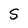
Character: S